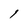
Character: l